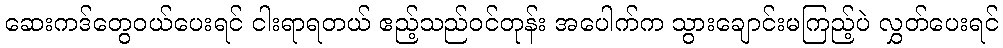
ဆေးကဒ်တွေဝယ်ပေးရင် ငါးရာရတယ် ဧည့်သည်ဝင်တုန်း အပေါက်က သွားချောင်းမကြည့်ပဲ လွှတ်ပေးရင်